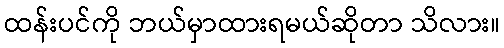
ထန်းပင်ကို ဘယ်မှာထားရမယ်ဆိုတာ သိလား။